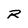
Character: R